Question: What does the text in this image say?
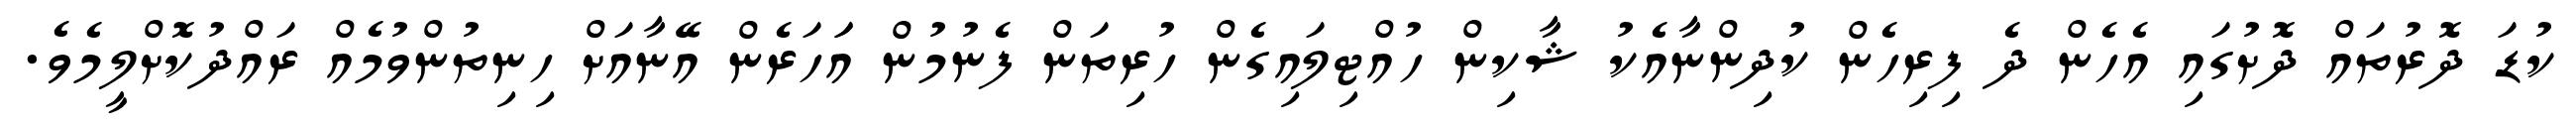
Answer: ކުޑަ ދޮރުތައް ދޮށުގައި އެހެން ދެ ފިރިހެން ކުދިންނާއެކު ޝާކިން ހުއްޓިލައިގެން ހުރިތަން ފެނުމުން އަަހަރެން އޭނާއަށް ހިނިތުންވުމެއް ރައްދުކޮށްލީމެވެ.